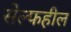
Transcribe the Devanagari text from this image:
सेल्फहील